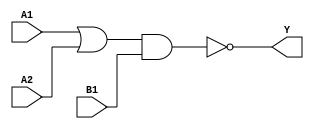
`timescale 1ps/1ps
module cell_o21ai
(
    input wire A1,
    input wire A2,
    input wire B1,
    output wire Y
);
    assign Y = !((A1 | A2) & B1);
endmodule